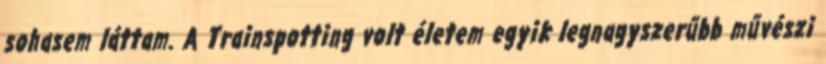
sohasem láttam. A Trainspotting volt életem egyik legnagyszerűbb művészi